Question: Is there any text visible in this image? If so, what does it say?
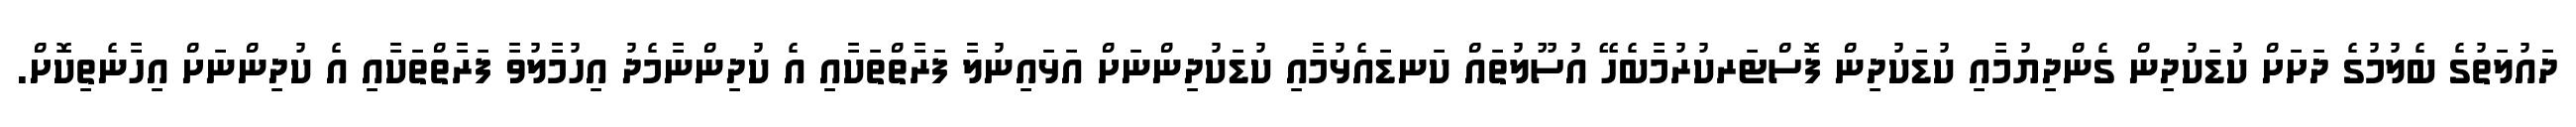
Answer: ދައުލަތުގެ ބެލުމުގެ ދަށަށް ކުޑަކުދިން ގެންދިޔުމާއި ކުޑަކުދިން ފޮސްޓަރކުރުމާބެހޭ އުސޫލުތައް ކަނޑައެޅުމާއި ކުޑަކުދިންނަށް އަޅައިނުލާ ފަރާތްތަކާއި އެ ކުދިންނާމެދު އިހުމާލުވާ ފަރާތްތަކާއި އެ ކުދިންނަށް އިހާނެތިކޮށް.